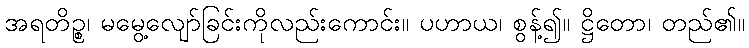
အရတိဉ္စ၊ မမွေ့လျော်ခြင်းကိုလည်းကောင်း။ ပဟာယ၊ စွန့်၍။ ဋ္ဌိတော၊ တည်၏။